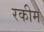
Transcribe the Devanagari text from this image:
रकीम